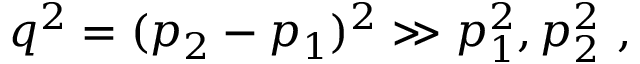
q ^ { 2 } = ( p _ { 2 } - p _ { 1 } ) ^ { 2 } \gg p _ { 1 } ^ { 2 } , p _ { 2 } ^ { 2 } ~ ,